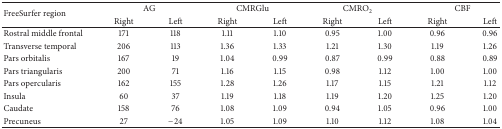
<table><thead><tr><td rowspan="2"><b>FreeSurfer region</b></td><td colspan="2"><b>AG</b></td><td colspan="2"><b>CMRGlu</b></td><td colspan="2"><b>CMRO<sub>2</sub></b></td><td colspan="2"><b>CBF</b></td></tr><tr><td><b>Right</b></td><td><b>Left</b></td><td><b>Right</b></td><td><b>Left</b></td><td><b>Right</b></td><td><b>Left</b></td><td><b>Right</b></td><td><b>Left</b></td></tr></thead><tbody><tr><td>Rostral middle frontal</td><td>171</td><td>118</td><td>1.11</td><td>1.10</td><td>0.95</td><td>1.00</td><td>0.96</td><td>0.96</td></tr><tr><td>Transverse temporal</td><td>206</td><td>113</td><td>1.36</td><td>1.33</td><td>1.21</td><td>1.30</td><td>1.19</td><td>1.26</td></tr><tr><td>Pars orbitalis</td><td>167</td><td>19</td><td>1.04</td><td>0.99</td><td>0.87</td><td>0.99</td><td>0.88</td><td>0.89</td></tr><tr><td>Pars triangularis</td><td>200</td><td>71</td><td>1.16</td><td>1.15</td><td>0.98</td><td>1.12</td><td>1.00</td><td>1.00</td></tr><tr><td>Pars opercularis</td><td>162</td><td>155</td><td>1.28</td><td>1.26</td><td>1.17</td><td>1.15</td><td>1.21</td><td>1.12</td></tr><tr><td>Insula</td><td>60</td><td>37</td><td>1.19</td><td>1.18</td><td>1.19</td><td>1.20</td><td>1.25</td><td>1.20</td></tr><tr><td>Caudate</td><td>158</td><td>76</td><td>1.08</td><td>1.09</td><td>0.94</td><td>1.05</td><td>0.96</td><td>1.00</td></tr><tr><td>Precuneus</td><td>27</td><td>−24</td><td>1.05</td><td>1.09</td><td>1.10</td><td>1.12</td><td>1.08</td><td>1.04</td></tr></tbody></table>